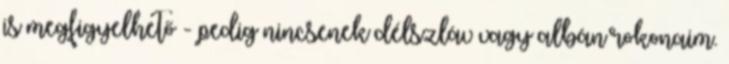
is megfigyelhető - pedig nincsenek délszláv vagy albán rokonaim.